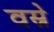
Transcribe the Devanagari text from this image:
वस्रे